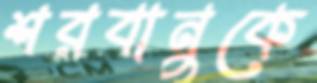
শরবানুকে